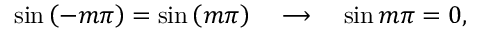
\sin { \left( - m \pi \right) } = \sin { \left( m \pi \right) } \ \ \ \longrightarrow \ \ \ \sin { m \pi } = 0 ,